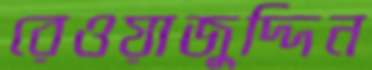
রেওয়াজুদ্দিন